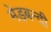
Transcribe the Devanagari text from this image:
मेड़बन्दी